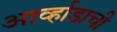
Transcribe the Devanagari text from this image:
आर्व्हाडाची